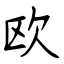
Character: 欧